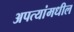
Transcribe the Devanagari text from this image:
अपत्यांमधील